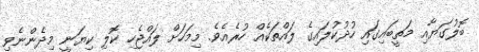
ބޮލުގަޔާއި މަތީބައިގައި ހުދުކުލައިގެ ލައްތަކެއް ހުރެއެވެ. މިމަހަށް ލައްޖެހި ކޮލި ކިޔަނީ މިދެންނެވި